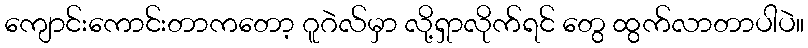
ကျောင်းကောင်းတာကတော့ ဂူဂဲလ်မှာ လို့ရှာလိုက်ရင် တွေ ထွက်လာတာပါပဲ။